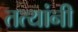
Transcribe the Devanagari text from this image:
तत्यांनी